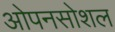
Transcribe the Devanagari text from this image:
ओपनसोशल